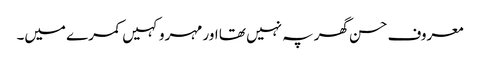
معروف حسن گھر پہ نہیں تھا اور مہرو کہیں کمرے میں۔